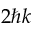
2 \hbar k